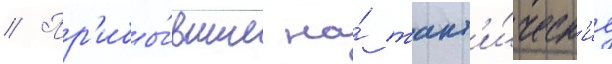
// Пр'ибы́вшие на́ такт'и́ческ'ие